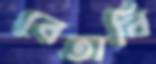
বেতাবি